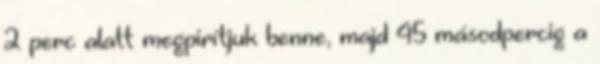
2 perc alatt megpirítjuk benne, majd 45 másodpercig a